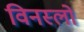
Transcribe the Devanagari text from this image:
विनस्‍लो